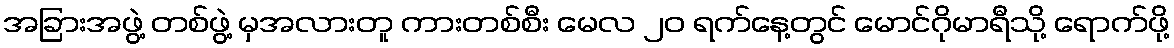
အခြားအဖွဲ့ တစ်ဖွဲ့ မှအလားတူ ကားတစ်စီး မေလ ၂၀ ရက်နေ့တွင် မောင်ဂိုမာရီသို့ ရောက်ဖို့